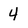
Character: 4